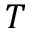
T